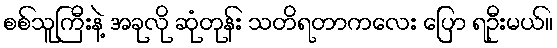
စစ်သူကြီးနဲ့ အခုလို ဆုံတုန်း သတိရတာကလေး ပြော ရဦးမယ်။